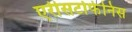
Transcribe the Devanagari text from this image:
एरीसटोफेनिस